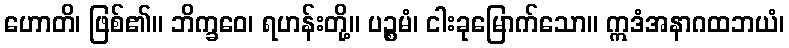
ဟောတိ၊ ဖြစ်၏။ ဘိက္ခဝေ၊ ရဟန်းတို့။ ပဉ္စမံ၊ ငါးခုမြောက်သော။ ဣဒံအနာဂထဘယံ၊